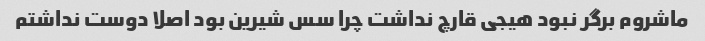
ماشروم برگر نبود هیجی قارچ نداشت چرا سس شیرین بود اصلا دوست نداشتم